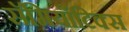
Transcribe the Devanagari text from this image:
सॅमियॉटिक्स